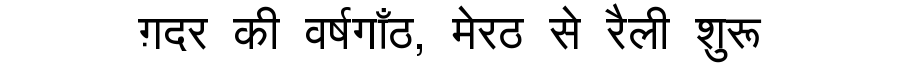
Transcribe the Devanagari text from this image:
ग़दर की वर्षगाँठ, मेरठ से रैली शुरू